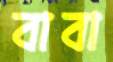
বাবা